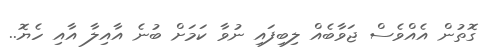
ގޮތުން އެއްވެސް ޖަވާބެއް ލިބިފައި ނުވާ ކަމަށް ބުނެ އާއިލާ އާއި ހެޔޮ..